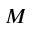
M